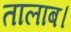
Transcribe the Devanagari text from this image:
तालाब।